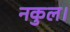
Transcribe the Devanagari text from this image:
नकुल।